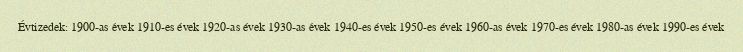
Évtizedek: 1900-as évek 1910-es évek 1920-as évek 1930-as évek 1940-es évek 1950-es évek 1960-as évek 1970-es évek 1980-as évek 1990-es évek